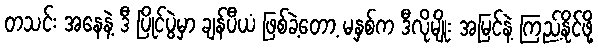
တသင်း အနေနဲ့ ဒီ ပြိုင်ပွဲမှာ ချန်ပီယံ ဖြစ်ခဲ့တော့ မနှစ်က ဒီလိုမျိုး အမြင်နဲ့ ကြည့်နိုင်ဖို့